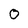
Character: 0